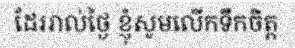
ដែររាល់ថ្ងៃ ខ្ញុំសូមលើកទឹកចិត្ត